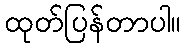
ထုတ်ပြန်တာပါ။